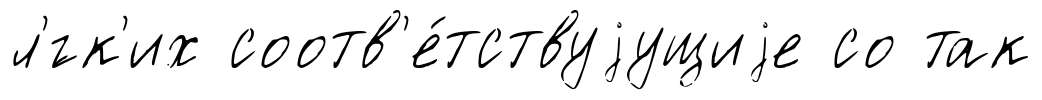
л'́гк'их соотв'е́тствуjущиjе со так